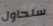
سنحاول